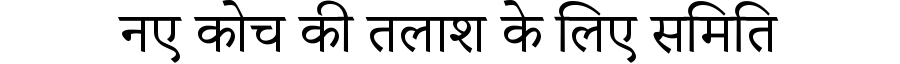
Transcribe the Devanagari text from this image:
नए कोच की तलाश के लिए समिति